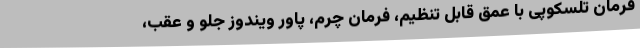
فرمان تلسکوپی با عمق قابل تنظیم، فرمان چرم، پاور ویندوز جلو و عقب،